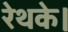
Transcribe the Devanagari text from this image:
रेथके।